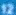
Q